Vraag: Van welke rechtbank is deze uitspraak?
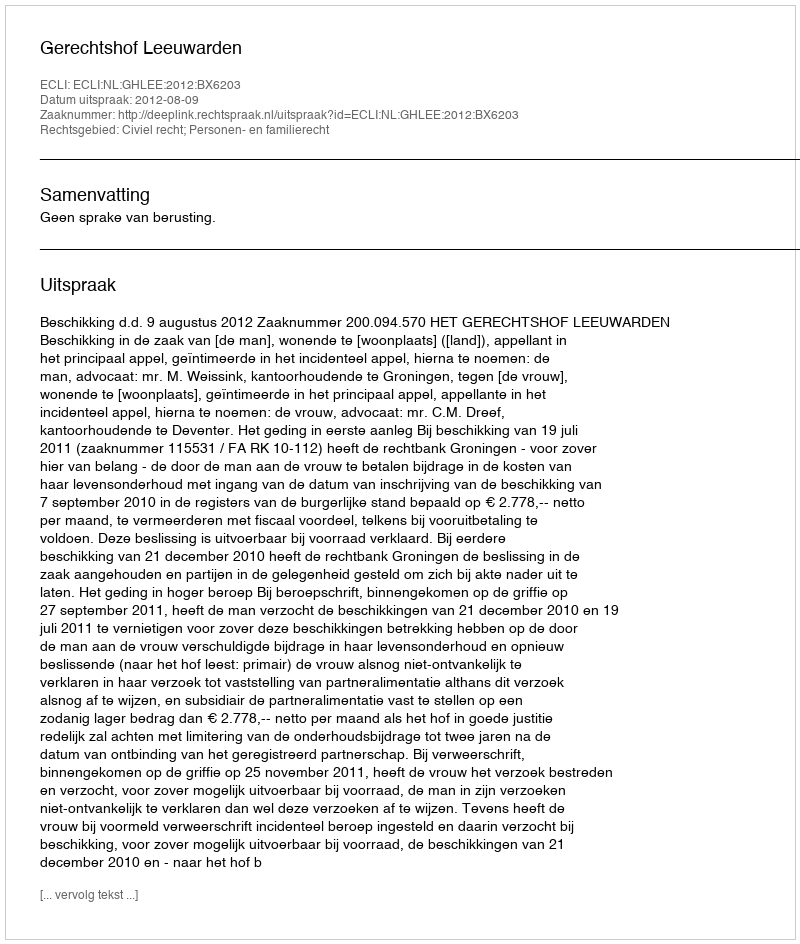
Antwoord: Gerechtshof Leeuwarden